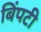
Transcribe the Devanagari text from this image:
बिंपटी